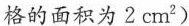
格的面积为2cm^{2})